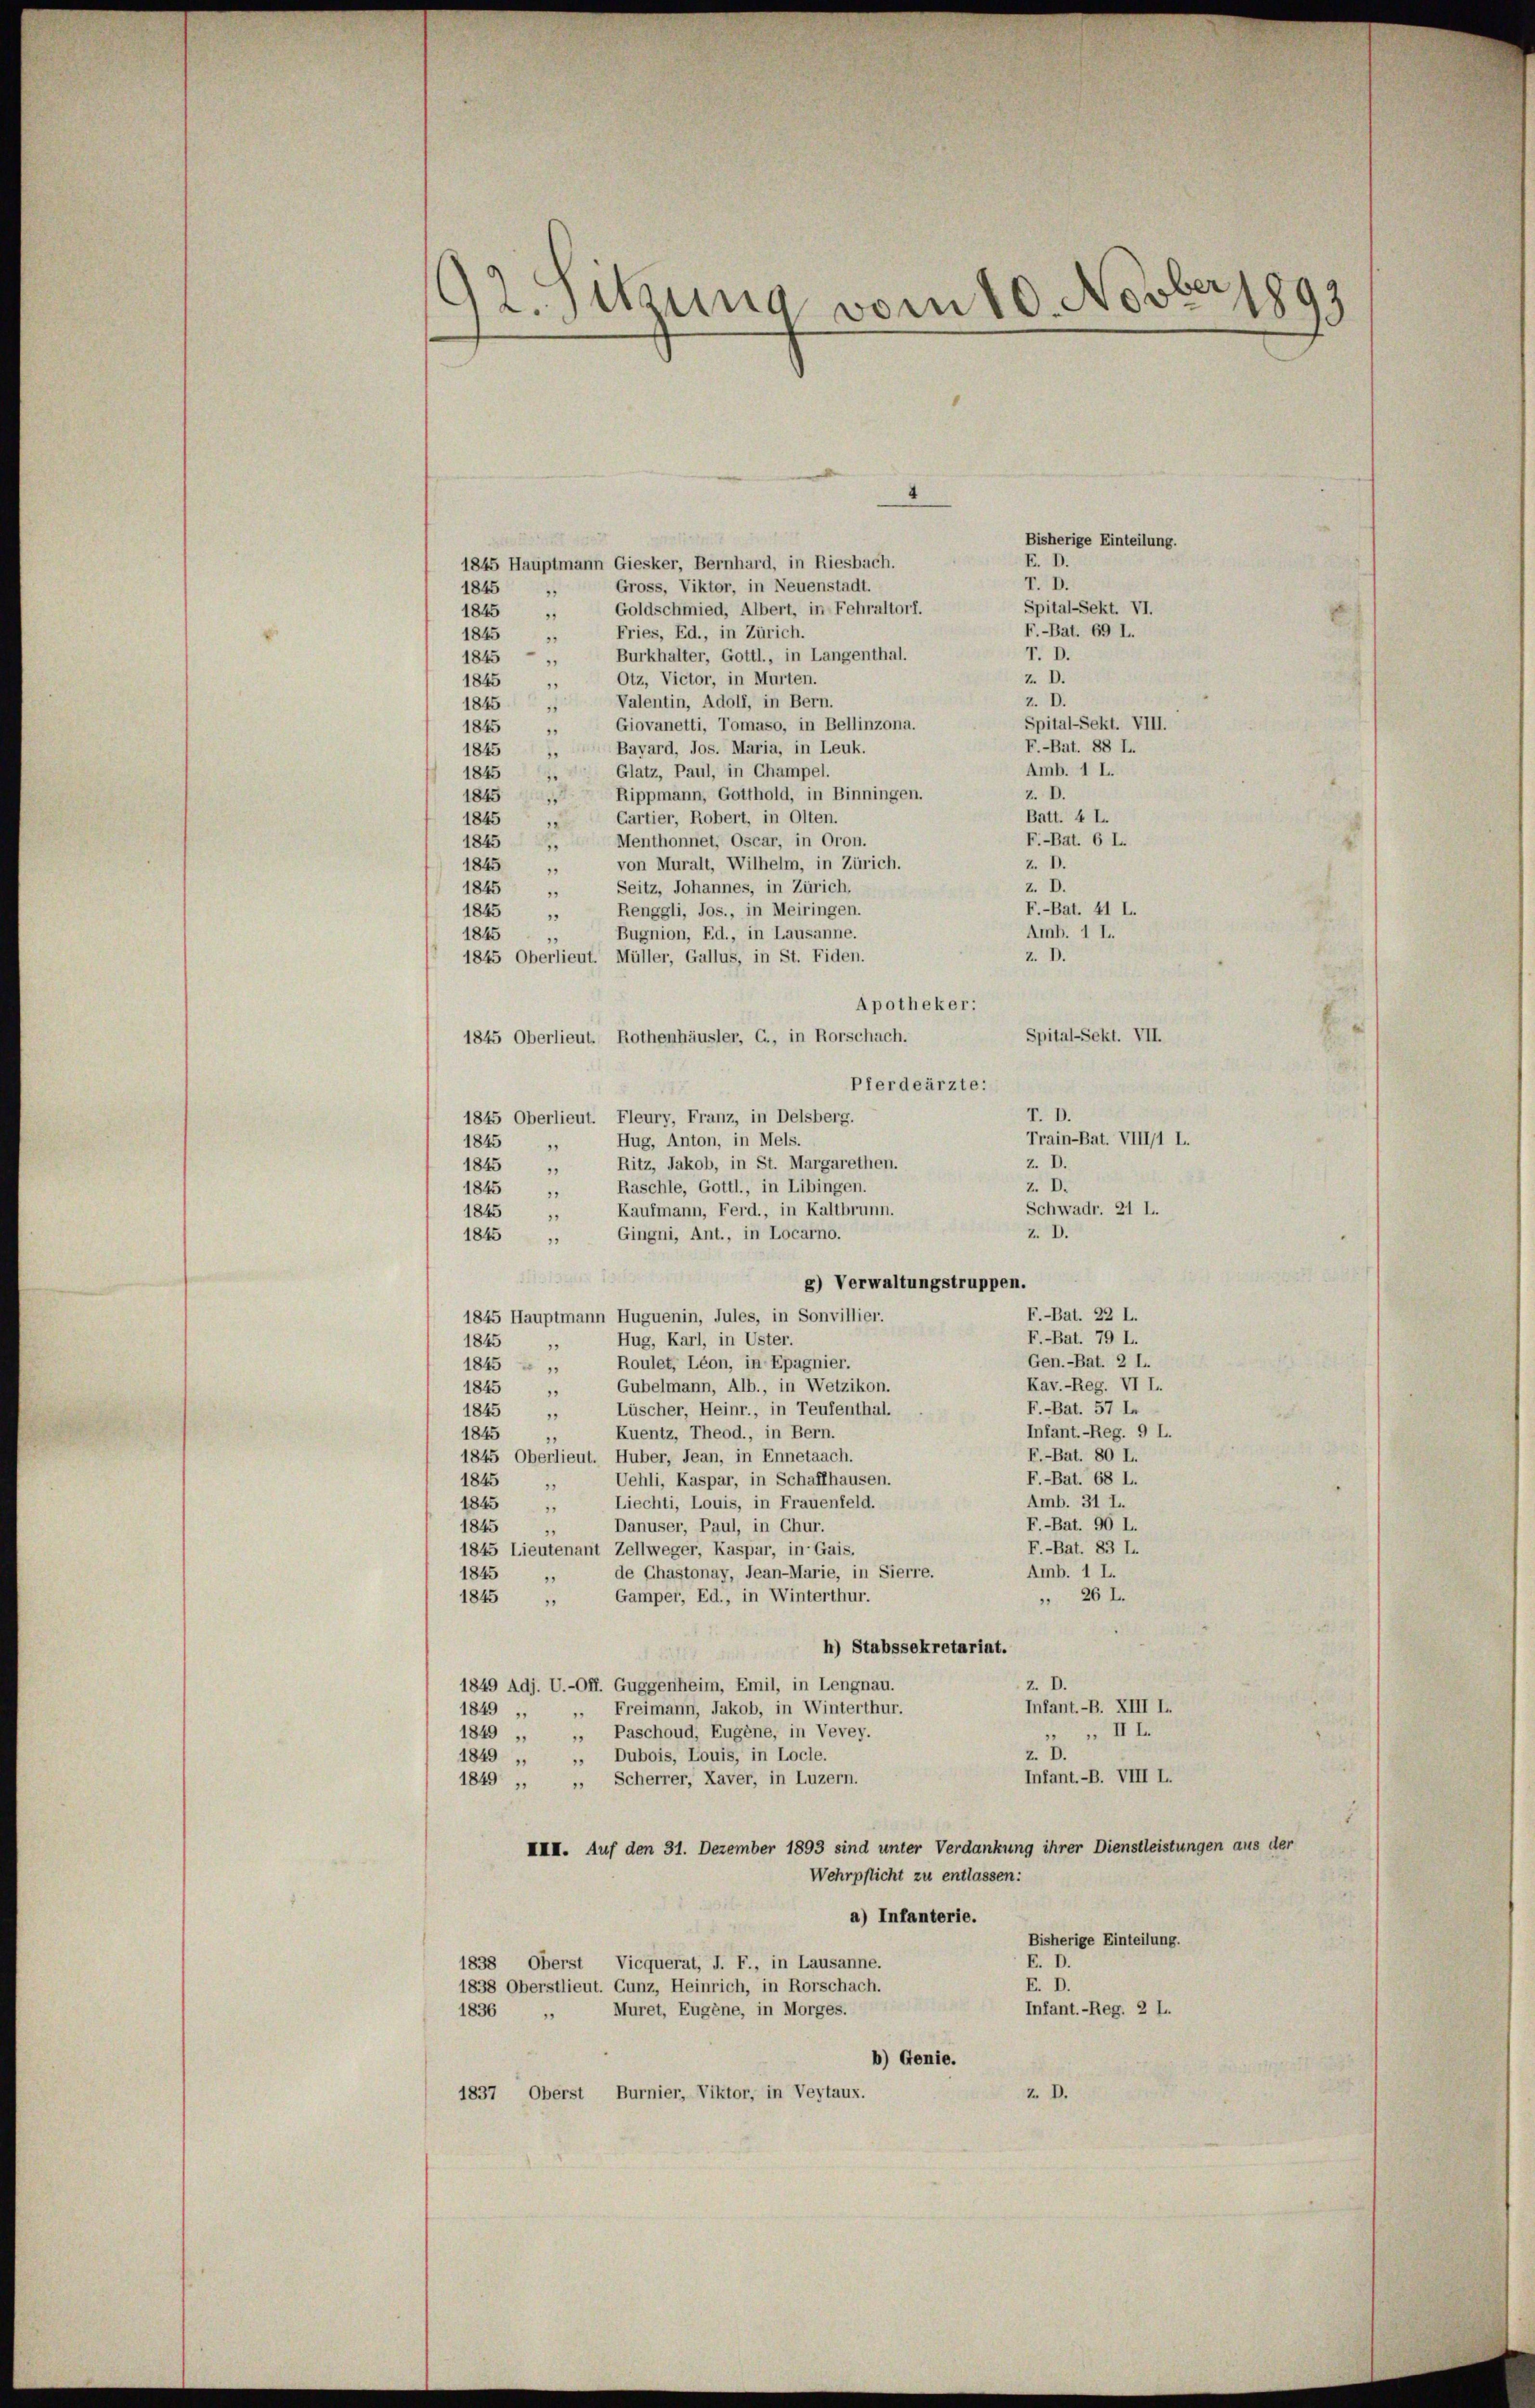
t.slung vom 10. Novber 1893

Bisherige Einteilung.
F. D.
1845 Hauptmann Giesker, Bernhard, in Riesbach.
T. D.
Gross, Viktor, in Neuenstadt.
1845
Spital-Sekt. VI.
Goldschmied, Albert, in Fehraltorf.
1845
F.-Bat. 69 L.
Fries, Ed., in Zürich.
1845
T. D.
Burkhalter, Gottl., in Langenthal.
1845
Z. D.
Otz, Victor, in Murten.
1845
z. D.
Valentin, Adolf, in Bern.
1845
Spital-Sekt. VIII.
Giovanetti, Tomaso, in Bellinzona.
1845
F.-Bat. 88 L.
Bayard, Jos. Maria, in Leuk.
1845
Amb. 1 L.
Glatz, Paul, in Champel.
1845
1
z. D.
Rippmann, Gotthold, in Binningen.
1845
1
Batt. 4 L.
Cartier, Robert, in Olten.
1845
F.-Bat. 6 L.
Menthonnet, Oscar, in Oron.
1845
Z. D.
von Muralt, Wilhelm, in Zürich.
1845
1
z. D.
1845
Seitz, Johannes, in Zürich,
F.-Bat. 41 L.
Renggli, Jos., in Meiringen.
1845
.
Amb. 1 L.
Bugnion, Ed., in Lausanne.
1845
z. D.
1845 Oberlieut. Müller, Gallus, in St. Fiden.
Apotheker:
Spital-Sekt. VII.
1845 Oberlieut. Rothenhäusler, C., in Rorschach.
Pferdeärzte:
T. D.
1845 Oberlieut. Fleury, Franz, in Delsberg.
Hug, Anton, in Mels.
1845
2
Z. D.
Ritz, Jakob, in St. Margarethen.
1845
z. D.
Raschle, Gottl., in Libingen.
1845
Schwadr. 21 L.
Kaufmann, Ferd., in Kaltbrunn.
1845
1
Z. D.
Gingni, Ant., in Locarno.
1845
8) Verwaltungstruppen.
F.-Bat. 22 L.
1845 Hauptmann Huguenin, Jules, in Sonvillier.
F.-Bat. 79 L.
Hug, Karl, in Uster.
1845
1
Gen.-Bat. 2 L.
Roulet, Léon, in Epagnier.
1845
1
Kav.-Reg. VI I.
Gubelmann, Alb., in Wetzikon.
1845
F.-Bat. 57 l
1845 „ Lüscher, Heinr., in Teufenthal.
Infant.-Reg. 9 L.
Kuentz, Theod., in Bern.
1845
F.-Bat. 80 L.
1845 Oberlieut. Huber, Jean, in Ennetaach.
F.-Bat. 68 L.
1845
Uehli, Kaspar, in Schaffhausen.
1
Amb. 31 L.
Liechti, Louis, in Frauenfeld.
1845
F.-Bat. 90 L.
1845
Danuser, Paul, in Chur.
F.-Bat. 83 l.
1845 Lieutenant Zellweger, Kaspar, in Gais.
Amb. 1 L.
de Chastonay, Jean-Marie, in Sierre.
1845
Gamper, Ed., in Winterthur.
 26 l.
1845
r
h) Stabssekretariat.
1849 Adj. U.-Off. Guggenheim, Emil, in Lengnau.
Infant.-B. XIII I.
1849 ,, „ Freimann, Jakob, in Winterthur.
„ III.
1849 „ Paschoud, Eugene, in Vevey.
Z. D.
1849 „ „ Dubois, Louis, in Locle.
Infant.-B. VIII L.
1849 „ „ Scherrer, Laver, in Luzern.
III. Auf den 31. Dezember 1893 sind unter Verdankung ihrer Dienstleistungen aus der
Wehrpflicht zu entlassen:
a) Infanterie.
Bisherige Einteilung.
E. D.
1838, Oberst Vicquerat, J. F., in Lausanne.
E. D.
1838 Oberstlieut. Gunz, Heinrich, in Rorschach.
Infant.-Reg. 2 L.
1836 „ Muret, Eugène, in Morges.
b) Genie.
2 D.
1837, Oberst Burnier, Viktor, in Veytaux.

Train-Bat. VIII/1 I.